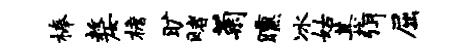
榛嫠檐旷赌菊曛冰姑甚弭屈